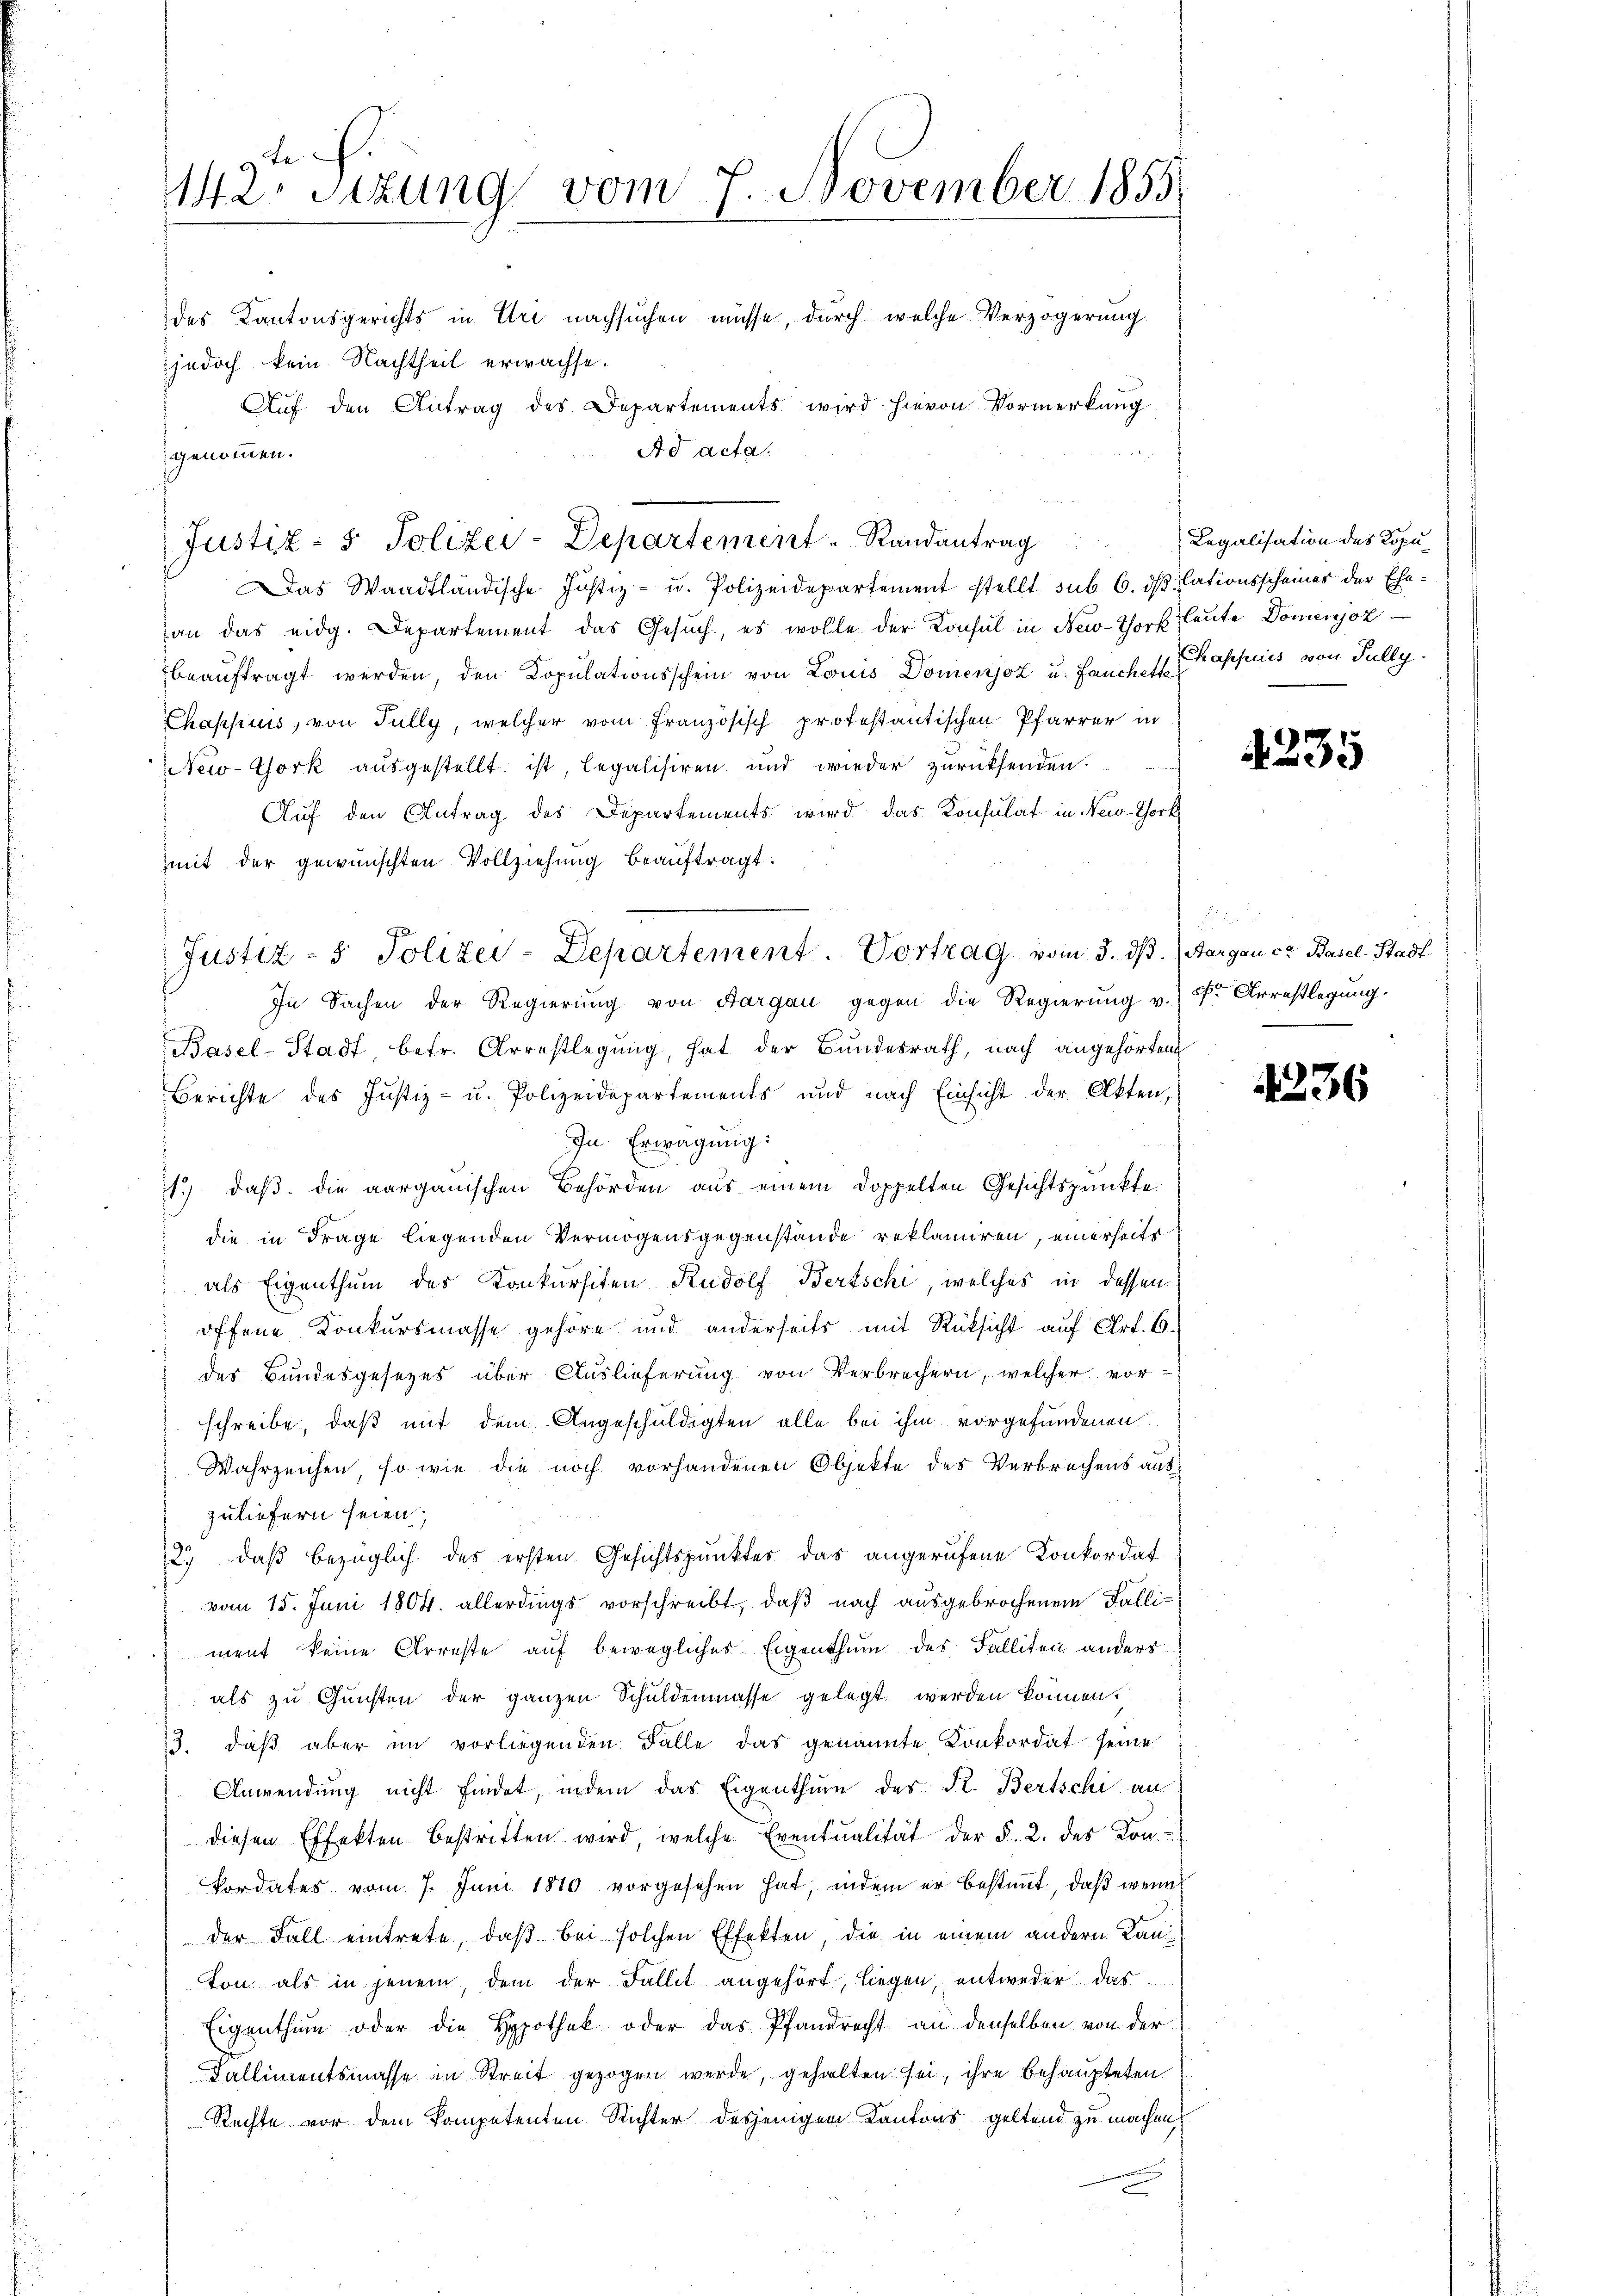
142. Sizung vom 7. November 1855.
des Kantonsgerichts in Uri nachsuchen müsse, durch welche Verzögerung
jedoch kein Nachtheil erwachse.
Auf den Antrag des Departements wird hievon Vormerkung
Ad acta
genommen.

Justiz- & Polizei-Departement Randantrag

Das Waadtländische Justiz- u. Polizeidepartement stellt sub 6. dß ilationsscheiner der Ehe-
an das eidg. Departement das Gesuch, es wolle der Konsul in New-York leute Domenjoz
beauftragt werden, den Kopulationsschein von Louis Domenjoz u. Lauchette
Chappius, von Fully, welcher vom Französisch protestantischen Pfarrer in
New-York ausgestellt ist, legalisiren und wieder zurücksenden.
Auf den Antrag des Departements wird das Konsulat in New-York
mit der gewünschten Vollziehung beauftragt.
In Sachen der Regierung von Aargau gegen die Regierung v. Fr. Arrestlegung.
Basel-Stadt betr. Arrestlegung, hat der Bundesrath, nach angehörten
Berichte des Justiz- u. Polizeidepartements und nach Einsicht der Akten,
In Erwägung:
1) daß die aargauischen Behörden aus einem doppelten Gesichtspunkte
die in Frage liegenden Vermögensgegenstände reklamiren, einerseits
als Eigenthum des Konkursiten Rudolf Bertschi, welches in dessen
offene Konkursmasse gehöre und anderseits mit Rüksicht auf Art. 6.
des Bundesgesezes über Auslieferung von Verbrechern, welcher vor-
schreibe, daß mit dem Angeschuldigten alle bei ihm vorgefundenen
Wahrzeichen, so wie die noch vorhandenen Objekte des Verbrechens auszuliefern seien;
2) daß bezüglich des ersten Gesichtspunkter das angerufene Konkordat
vom 15. Juni 1804. allerdings vorschreibt, daß nach ausgebrochenem Falliment keine Arreste auf bewegliches Eigenthum des Falliten anders
als zu Gunsten der ganzen Schuldenmasse gelegt werden können.
13. daβ aber im vorlagenden Falle das genannte Konkordat seine
Anwendung nicht findet, indem das Eigenthum des K. Bertschi an
diesen Effekten bestritten wird, welche Eventualität der §. 2. des Kon-
kordates vom 7. Juni 1870 vorgesehen hat, indem er bestimmt, daß wenn
der Fall eintrete, daß bei solchen Effekten, die in einem andern Kan-
ton als in jenem, dem der Fallit angehört, liegen, entweder das
Eigenthum oder die Hypothek oder das Pfandrecht an denselben von der
Fallimentsmasse in Streit gezogen werde, gehalten sei, ihre behaupteten
Rechte vor dem Kompetenten Richter desjenigem Kantons geltend zu machen,

Justiz- & Polizei-Departement. Vortrag vom 3. ds. Aargau cr Basel-Stadt

Legalisation des Kopu¬
Chappuis von Fully

4235

4236